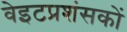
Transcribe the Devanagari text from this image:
वेइटप्रशंसकों